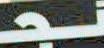
نجـ